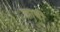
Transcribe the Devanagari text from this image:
काषी